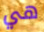
هي